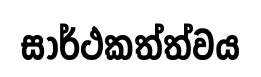
සාර්ථකත්ත්වය